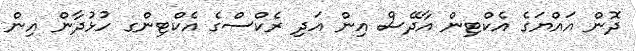
ދޮން އައްޔަގެ އެކްޓިން އާދޭސް އިން އަދި ރެކްސްގެ އެކްޓިންގ ހުޅުދާން އިން